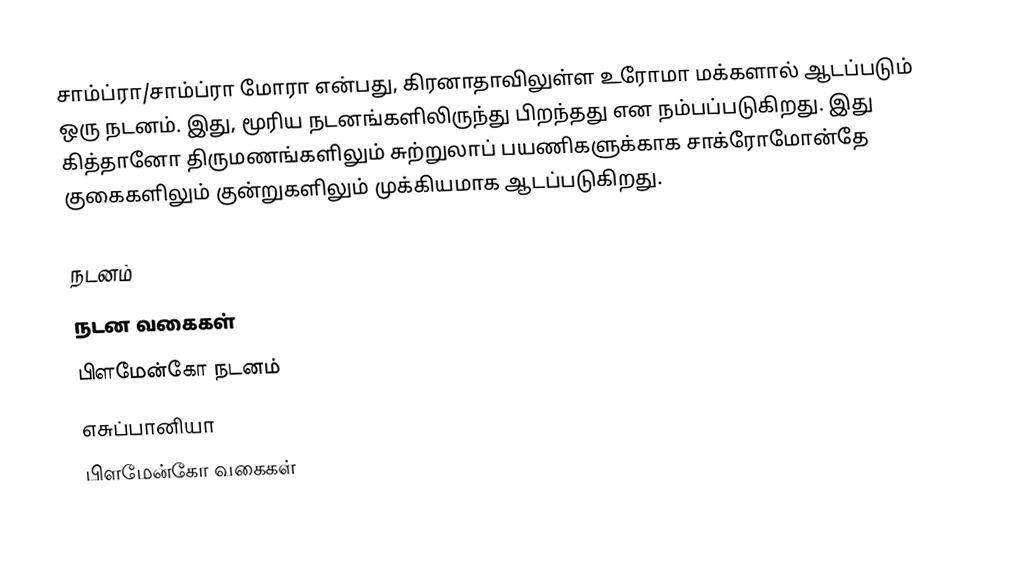
சாம்ப்ரா/சாம்ப்ரா மோரா என்பது, கிரனாதாவிலுள்ள உரோமா மக்களால் ஆடப்படும் ஒரு நடனம். இது, மூரிய நடனங்களிலிருந்து பிறந்தது என நம்பப்படுகிறது. இது கித்தானோ திருமணங்களிலும் சுற்றுலாப் பயணிகளுக்காக சாக்ரோமோன்தே குகைகளிலும் குன்றுகளிலும் முக்கியமாக ஆடப்படுகிறது.

நடனம்
நடன வகைகள்
பிளமேன்கோ நடனம்
எசுப்பானியா
பிளமேன்கோ வகைகள்